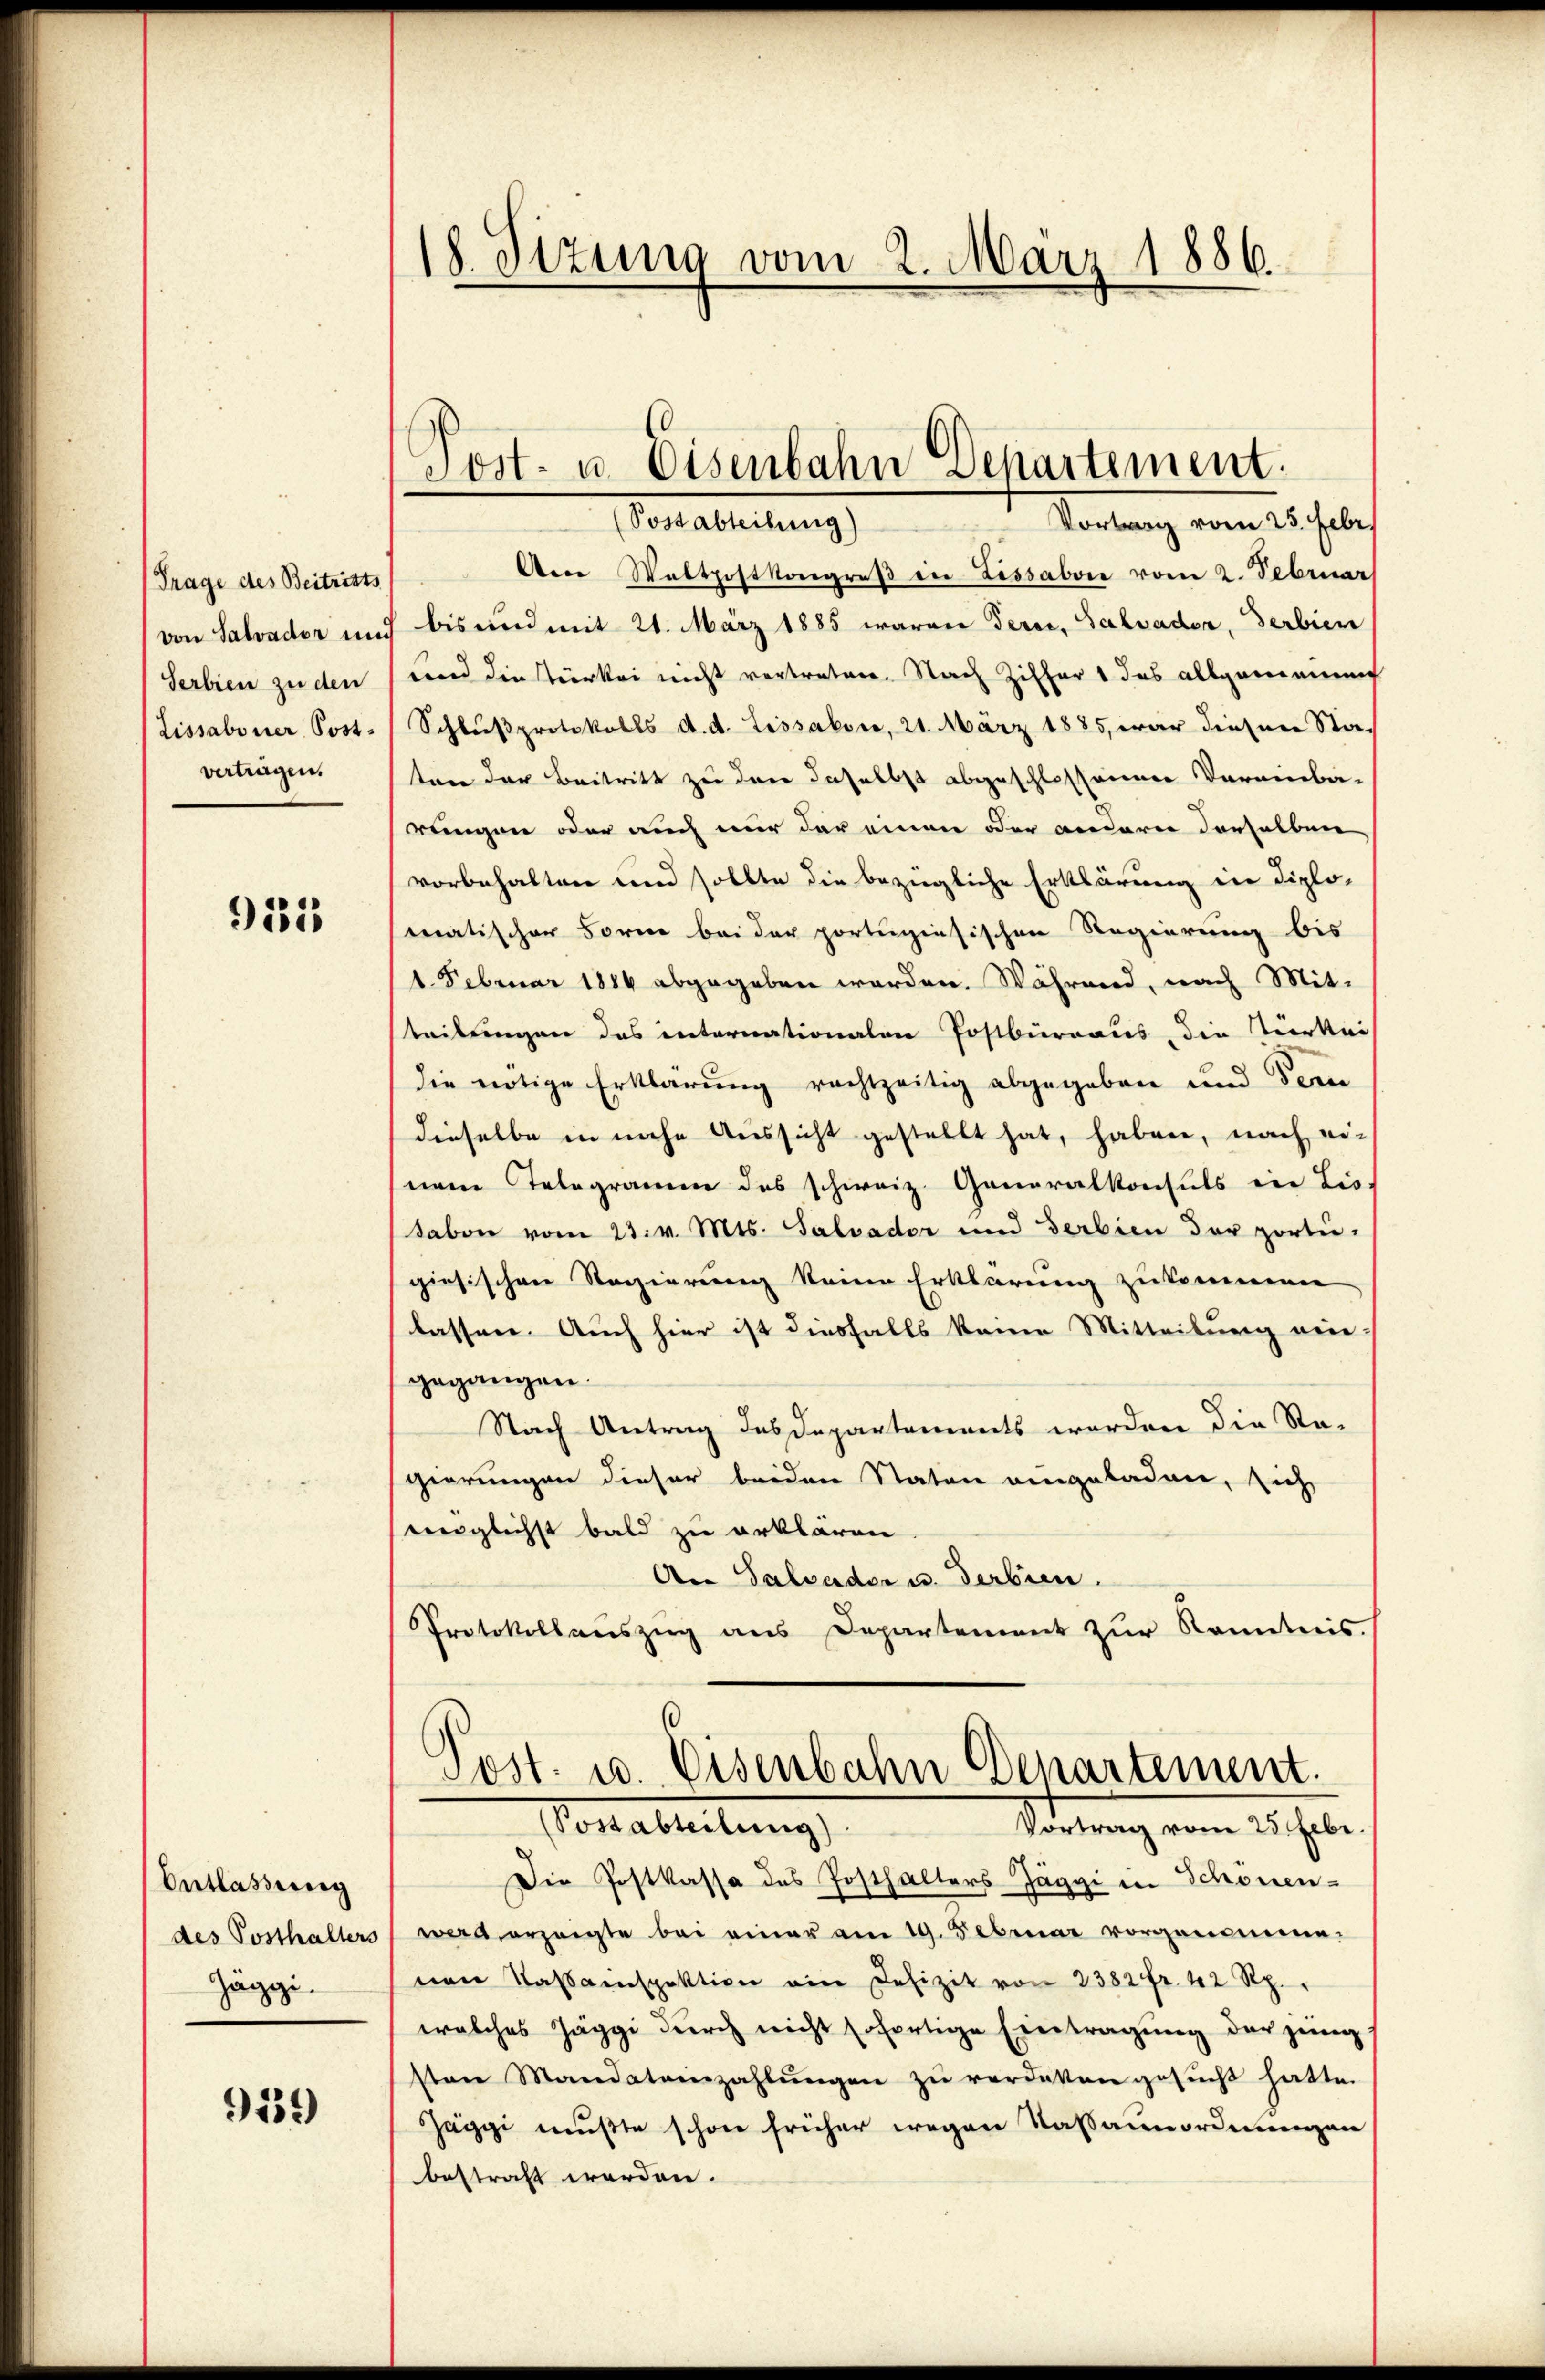
Trage des Beitrists
von Salvader un
Serbien zu den
Lissaboner Postvertragen.

911

Entlassung
des Posthalters
Zäggi.

9559)

18 Stzung vom 2. März 1886.

Post- u. Eisenbahn Departement.

(Postabteilung)
Vortrag vom 25. Febr.
Aere Waltpostkongreβ in Lissabore vom 2. Februar
bis und mit 21. März 1885 waren derer, Salvader, Serbien
end die Türkei nicht vertreten. Nach Ziffer das allgemeinen
Schlŭβprotokolls d. d. Lissaboro, 21. März 1885 war dieser Sta-
ten der Beitritt zu den daselbst abgeschlossenen Vereinba-
rungen oder auch nur der einen oder anderer derselben
vorbehalten und sollte die bezügliche Erklärung ein Diplo-
matischer Forne bei der portengiesischen Regierung bis
1. Februar 1884 abgegeben werden. Während, nach Mit-
teilungen das internationalen Postbürraus, die Verkei
die nötige Erklärung rechtzeitig abgegeben und dern
dieselbe in nahe Aussicht gestellt hat, haben, nach ei-
nem Telegramen des schweiz. Generalkonsuls in Lis-
tabon vom 23. v. Mts. Salvador und Serbien der porti-
giesischen Regierung keine Erklärung zukommen
lassen. Auch hier ist diesfalls keine Mitteilung ein
gegangen.
Nach Antrag des Departements worden die Ra-
gierungen dieser beiden Staten eingeladen, sich
möglichst bald zu erklären
An Salvader u. Gerbien.
Protokollauszug aus Departement zur Kenntnis.
Cost. u. Eisenbahn Departement.
Verabreitung
Vortrag vom 25. Febr
Die Postkassa des Posthalters Jäggi in Schönen-
wird erzeigte bei einer am 19. Februar vorgenommenen Kassenspektion ein Defizit von 2382 fr. 42 Rp.
welches Jäggi dŭrch nicht sofortige Eintragung der jung
sten Mandatainzahlŭngen zŭ verdaten gesŭcht hatte.
äggi mußte schon früher wegen Kassanordenenzen
bestraft werden.